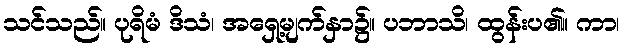
သင်သည်။ ပုရိမံ ဒိသံ၊ အရှေ့မျက်နှာ၌။ ပဘာသိ၊ ထွန်းပ၏။ ကာ၊